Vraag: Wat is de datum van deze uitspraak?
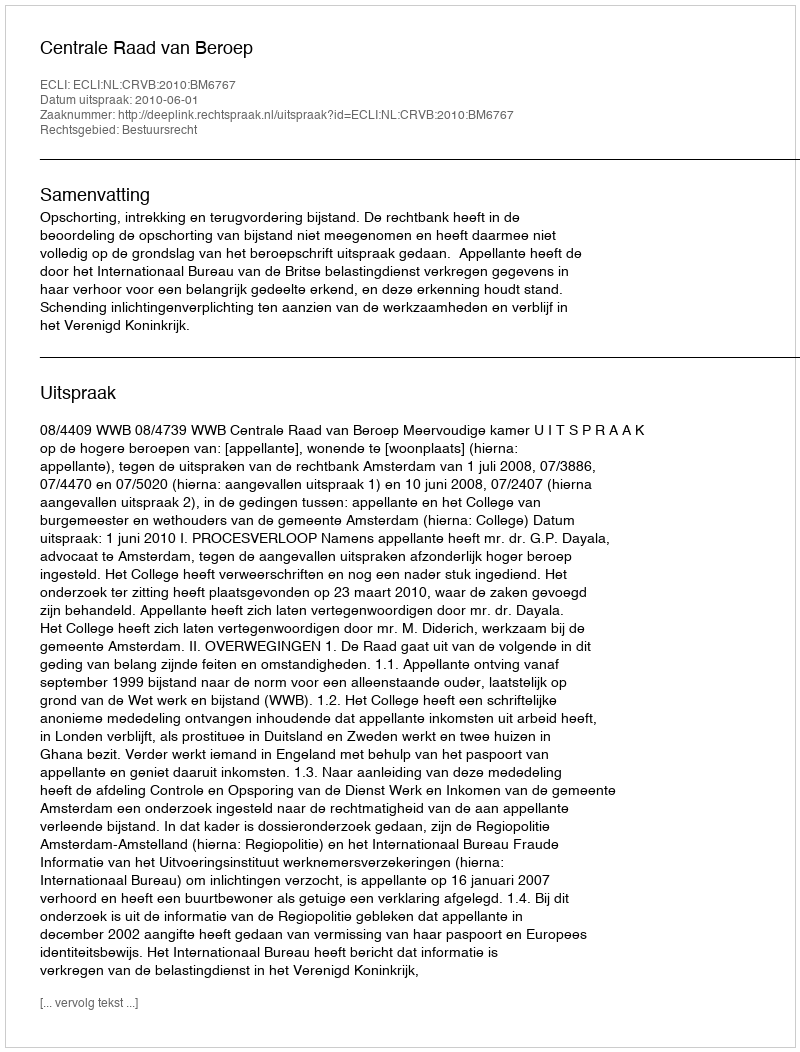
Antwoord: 2010-06-01